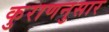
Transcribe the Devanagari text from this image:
कुराणनुसार